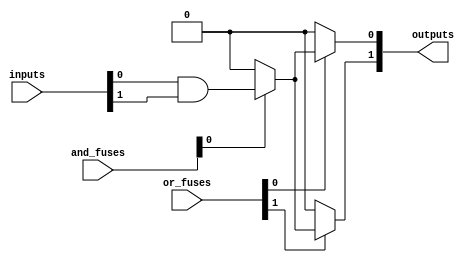
module fuse_based_PLA (
    input wire [N-1:0] inputs,     // N input lines
    input wire [M-1:0] and_fuses,   // Fuse configuration for AND gates
    input wire [P-1:0] or_fuses,     // Fuse configuration for OR gates
    output wire [Q-1:0] outputs      // Q output lines
);

    parameter N = 4; // Number of inputs
    parameter M = 4; // Number of AND gates
    parameter P = 2; // Number of OR gates
    parameter Q = 2; // Number of outputs

    // Internal wires to hold AND gate outputs
    wire [M-1:0] and_out;

    // Programmable AND Array
    genvar i;
    generate
        for (i = 0; i < M; i = i + 1) begin : and_array
            assign and_out[i] = (and_fuses[i] == 1'b1) ? (inputs[0] & inputs[1]) : 1'b0 |
                                 (and_fuses[i] == 2'b10) ? (inputs[2] & inputs[3]) : 1'b0 |
                                 (and_fuses[i] == 2'b11) ? (inputs[0] & inputs[2]) : 1'b0 |
                                 (and_fuses[i] == 2'b01) ? (inputs[1] & inputs[3]) : 1'b0;
        end
    endgenerate

    // Internal wires for OR gate inputs
    wire [P-1:0] or_in;

    // Programmable OR Array
    generate
        for (i = 0; i < P; i = i + 1) begin : or_array
            assign or_in[i] = (or_fuses[i] == 1'b1) ? and_out[0] : 1'b0 |
                              (or_fuses[i] == 2'b10) ? and_out[1] : 1'b0 |
                              (or_fuses[i] == 2'b11) ? and_out[2] : 1'b0 |
                              (or_fuses[i] == 2'b01) ? and_out[3] : 1'b0;
        end
    endgenerate

    // Final outputs
    assign outputs[0] = or_in[0];
    assign outputs[1] = or_in[1];

endmodule